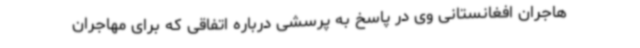
هاجران افغانستانی وی در پاسخ به پرسشی درباره اتفاقی که برای مهاجران